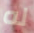
له